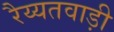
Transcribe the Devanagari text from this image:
रैय्यतवाड़ी